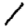
Digit: 1